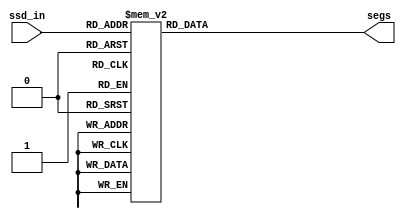
`timescale 1ns / 1ps


`define c 4'b0001
`define d 4'b0010
`define e 4'b0011
`define f 4'b0100
`define g 4'b0101
`define a 4'b0110
`define b 4'b0111
`define C 4'b1000
`define D 4'b1001
`define E 4'b1010
`define F 4'b1011
`define G 4'b1100
`define A 4'b1101
`define B 4'b1110

`define SS_c 8'b11100101
`define SS_d 8'b10000101
`define SS_e 8'b00100001
`define SS_f 8'b01110001
`define SS_g 8'b00001001
`define SS_a 8'b01000001
`define SS_b 8'b11000001
`define SS_C 8'b01100011
`define SS_D 8'b00000011
`define SS_E 8'b01100001
`define SS_F 8'b01110001
`define SS_G 8'b01000011
`define SS_A 8'b00010001
`define SS_B 8'b00000001

module Display(
    input [3:0]ssd_in,
    output reg [7:0] segs
    );
    
always @*
    begin
      case (ssd_in)
        `c: segs= `SS_c;
        `d: segs = `SS_d;
        `e: segs = `SS_e;
        `f: segs = `SS_f;
        `g: segs = `SS_g;
        `a: segs = `SS_a;
        `b: segs = `SS_b;
        `C: segs = `SS_C;
        `D: segs = `SS_D;
        `E: segs = `SS_E;
        `F: segs = `SS_F;
        `G: segs = `SS_G;
        `A: segs = `SS_A;
        `B: segs = `SS_B;
        default: segs = 8'b11111111;
        endcase
   end
        
endmodule